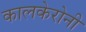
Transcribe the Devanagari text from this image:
कालकेरोनी